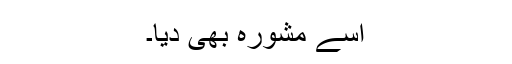
اسے مشورہ بھی دیا۔